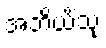
အဘိယိံသု